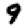
Digit: 9